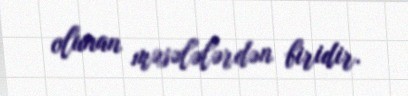
olunan məsələlərdən biridir.